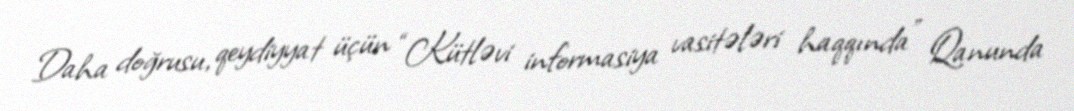
Daha doğrusu, qeydiyyat üçün “Kütləvi informasiya vasitələri haqqında” Qanunda